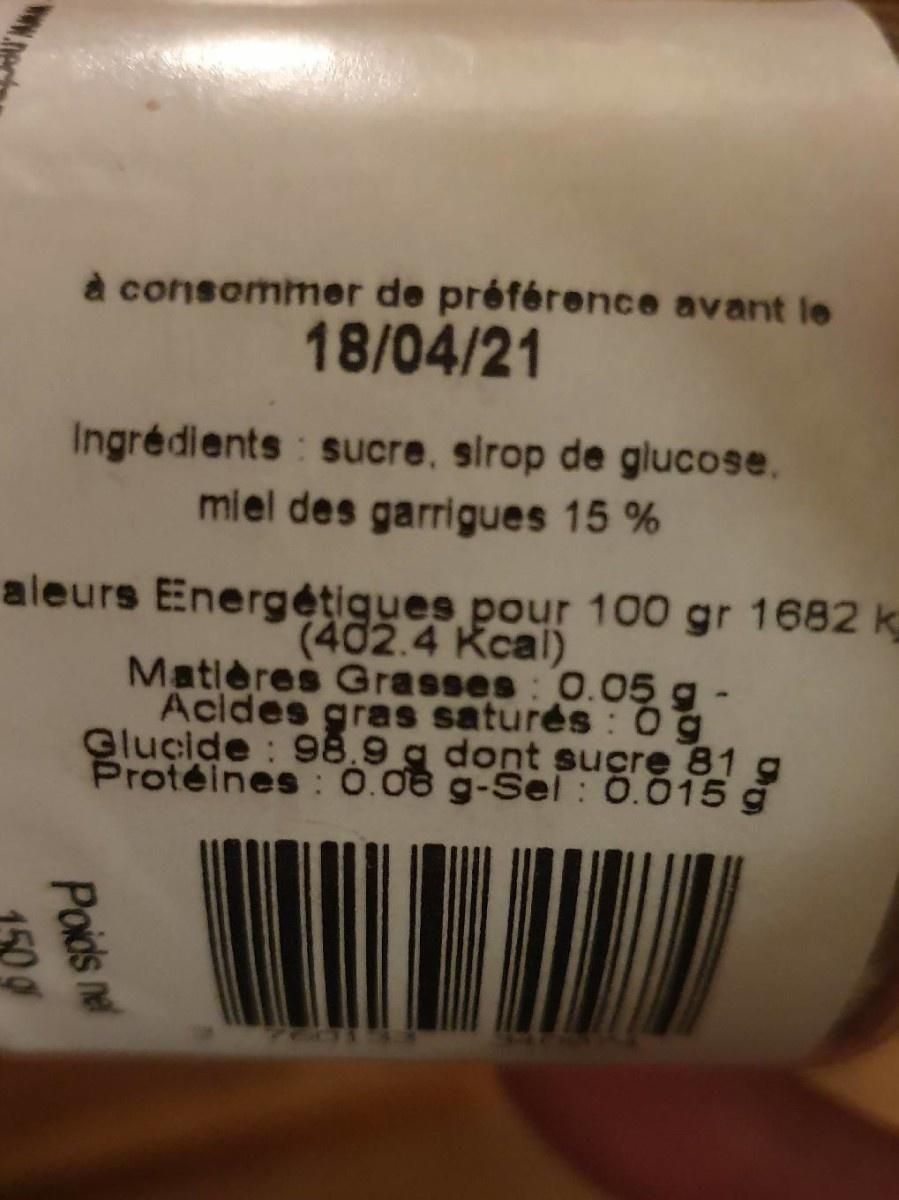
à consommer de préférence avant le 18/04/21 Ingrédients sucre, sirop de glucose. miel des garrigues 15 % aleurs Energétigues pour 100 gr 1682 k (402.4 Kcal) Matières Grasses 0.05g- Acides gras saturés : 0g Glucide : 98.9 g dont sucre 81 g Protéines : 0.06 g-Sel : 0.015 Poids nel